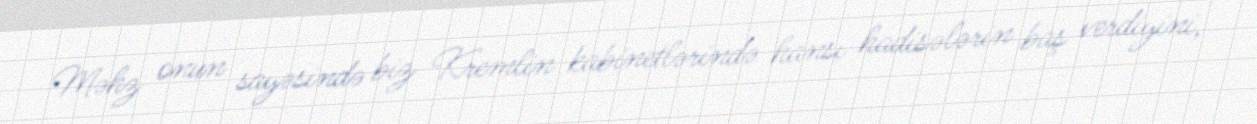
Məhz onun sayəsində biz Kremlin kabinetlərində hansı hadisələrin baş verdiyini,